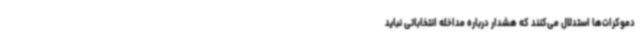
دموکرات‌ها استدلال می‌کنند که هشدار درباره مداخله انتخاباتی نباید